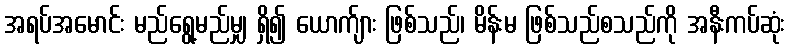
အရပ်အမောင်း မည်ရွေ့မည်မျှ ရှိ၍ ယောက်ျား ဖြစ်သည်၊ မိန်းမ ဖြစ်သည်စသည်ကို အနီးကပ်ဆုံး